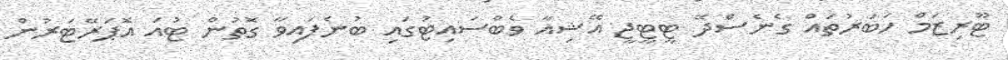
ޓޫރިޒަމް ހަބަރުތައް ގެނެސްދޭ ޓީޓީޖީ އޭޝިއާ ވެބްސައިޓުގައި ބުނެފައިވާ ގޮތުން ޓުއަ އޮޕަރޭޓަރުން